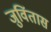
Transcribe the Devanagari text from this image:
जुविंतास